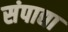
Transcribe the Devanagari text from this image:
संपाद्या